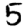
Digit: 5